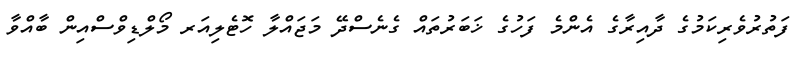
ފަތުރުވެރިކަމުގެ ދާއިރާގެ އެންމެ ފަހުގެ ޚަބަރުތައް ގެނެސްދޭ މަޖައްލާ ހޮޓެލިއަރ މޯލްޑިވްސްއިން ބާއްވާ